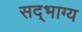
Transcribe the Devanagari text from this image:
सद्‌भाग्य